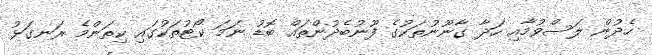
ހެދުން ލަސްވުމާއި ހަދާ ގާނޫނުތަކުގެ ފޫނުބެދުންތައް ބޮޑު ނަމަ ކޯޓުތަކުގައި ކިތަންމެ ރަނގަޅު